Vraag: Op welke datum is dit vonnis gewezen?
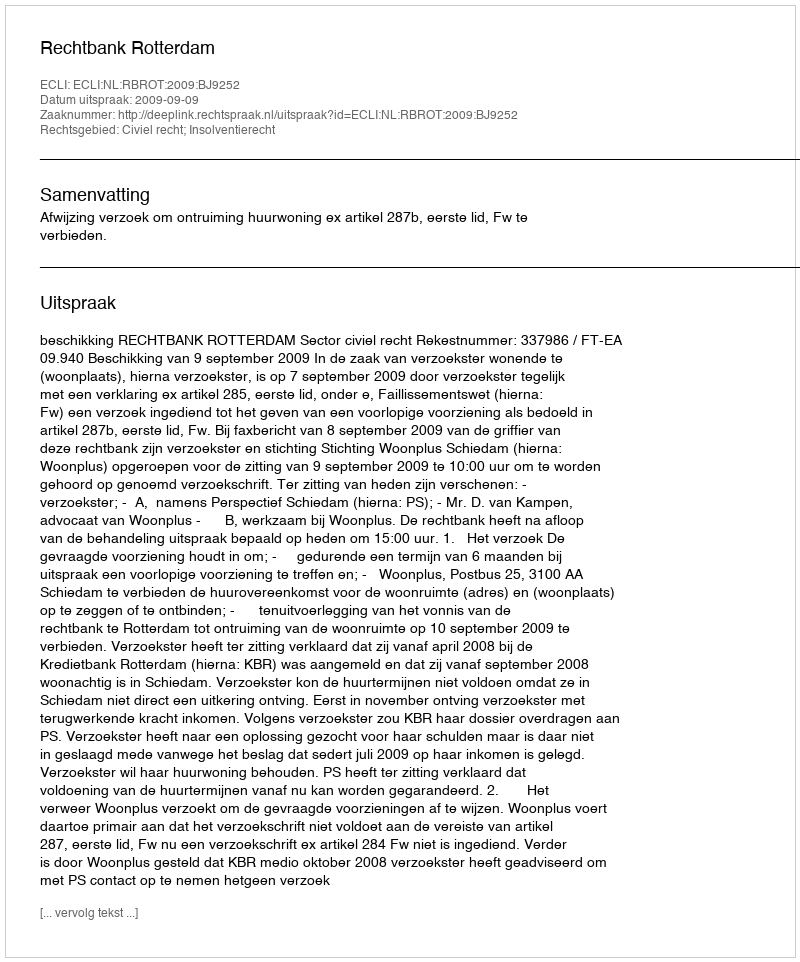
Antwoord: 2009-09-09